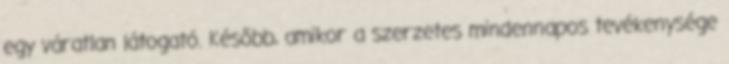
egy váratlan látogató. Később, amikor a szerzetes mindennapos tevékenysége